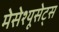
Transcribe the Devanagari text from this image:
मेसेश्यूसेट्स